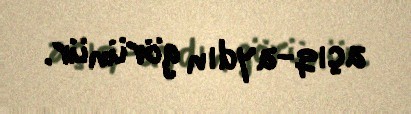
açıq-aydın görünür.